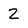
Character: 2